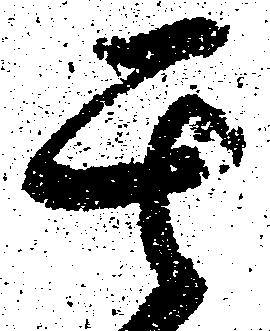
其